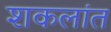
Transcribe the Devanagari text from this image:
शकलांत